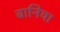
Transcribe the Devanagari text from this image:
बानिया